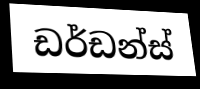
ඩර්ඩන්ස්